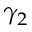
\gamma _ { 2 }